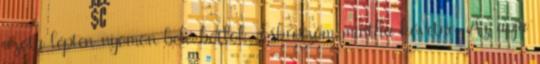
azóta lépten-nyomon belé botlok. Esküszöm mintha követne. Az apja